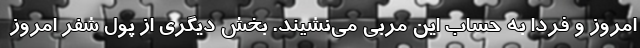
امروز و فردا به حساب این مربی می‌نشیند. بخش دیگری از پول شفر امروز